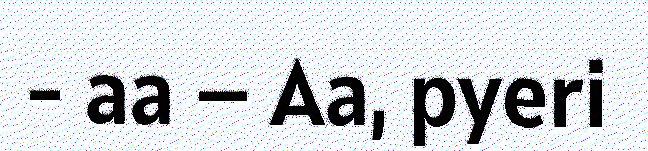
- aa – Aa, pyeri